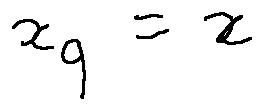
x _ { q } = x